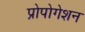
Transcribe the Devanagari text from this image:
प्रोपोगेशन